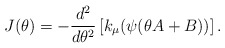
\begin{align*} J(\theta)=-\frac{d^2}{d\theta^2} \left[k_{\mu}(\psi(\theta A+B))\right]. \end{align*}